Leprosy in India: report of the Leprosy Commission in India, 1890-91
Year: 1890
Disease focus: Leprosy
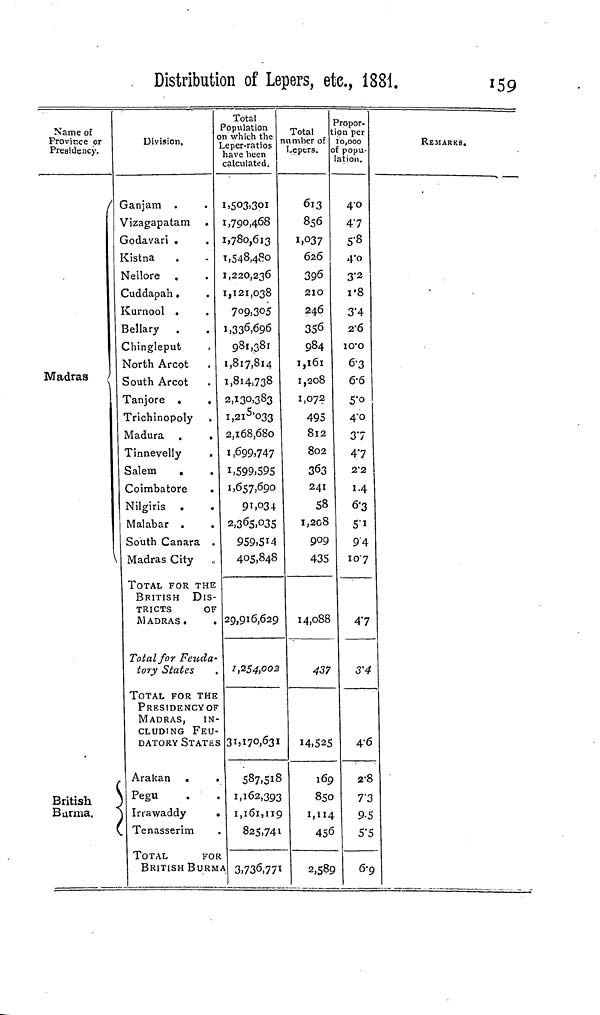
Distribution of Lepers, etc, 1881.
159
Name of
Province or
Presidency.
Madras ;
British
Burma.
Division,
Ganjam .
Vizagapatam .
Godavari .
Kistna
Nellore
Cuddapah,
Kurnool .
Bellary .
Chingleput
North Arcot
South Arcot
Tanjore .
.
Trichinopoly
Madura .
.
Tinnevelly
Salem
.
Coimbatore
Nilgiris .
.
Malabar .
South Cañara .
\ Madras City .
TOTAL FOR THE
BRITISH DIS
TRICTS
or
MADRAS .
Total for Feuda
tory States
TOTAL FOR THJ
PRESIDENCYO
MADRAS,
IN
CLUDING FEU
DATORY STATE
Arakan .
S Pegu
j Irrawaddy
(. Tenasserim
TOTAL
FO
BRITISH BURI
Total
Population
on which the
Leper-ratios
have been
calculated.
1,503,301
1,790,468
1,780,613
1,548,480
1,220,236
1,121,038
709)305
1,330.696
981,381
1,817,814
1,814=738
2,130.383
i,2i 5l o33
2,168,680
1,699)747
1,599,595
1)657,690
91,034
2,365,035
959.5M
405,848
29,916,62c
1,254,00.
31,170,63
587,51
1,162,39
1,161,11
825,74
3,736,77
Total
number of
Lepers.
613
856
ii°37
626
396
210
246
356
984
1,161
1,208
1,072
495
812
802
363
241
58
1,208
909
435
14,088
43 1 ?
14.52.
8
16
3
85
9
i,n
1
45
1
2,58
Propor-
tion per
10,000
of popu-
lation.
4-0
47
5-8
4'o
3-2
i'8
3"4
2-6
IO'O
6-3
&6
5-O
4-0
37
47
2'2
I.4
6-3
S'I
94
107
4-;
3''
5
4-
?
2-
D r
\ 9-
5 S'
9 6
REMARKS.
1
i
6
8
3
5
5
9